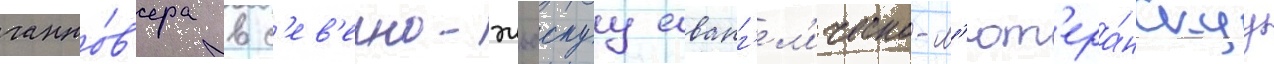
ганно́в'ера в с'ев'ерно-эльбскуу еванг'ел'ическо-л'ют'ера́нскуу